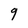
Character: 9